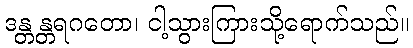
ဒန္တန္တရဂတော၊ ငါ့သွားကြားသို့ရောက်သည်။